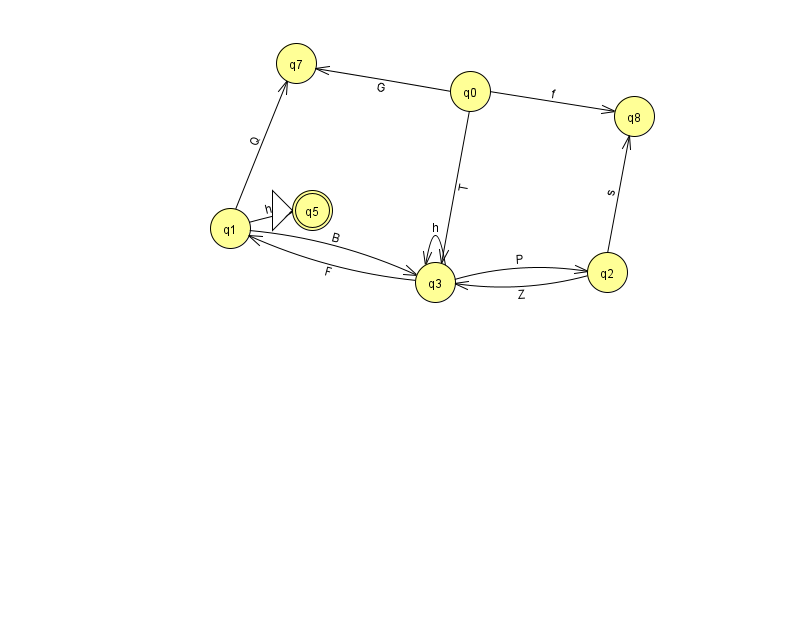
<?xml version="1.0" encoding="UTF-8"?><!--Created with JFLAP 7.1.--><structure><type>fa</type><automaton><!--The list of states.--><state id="0" name="q0"><x>470.0</x><y>78.0</y></state><state id="1" name="q1"><x>230.0</x><y>215.0</y></state><state id="2" name="q2"><x>607.0</x><y>259.0</y></state><state id="3" name="q3"><x>435.0</x><y>269.0</y></state><state id="5" name="q5"><x>312.0</x><y>197.0</y><initial/><final/></state><state id="7" name="q7"><x>296.0</x><y>50.0</y></state><state id="8" name="q8"><x>634.0</x><y>103.0</y></state><!--The list of transitions.--><transition><from>1</from><to>5</to><read>h</read></transition><transition><from>1</from><to>7</to><read>Q</read></transition><transition><from>0</from><to>3</to><read>T</read></transition><transition><from>2</from><to>3</to><read>Z</read></transition><transition><from>2</from><to>8</to><read>s</read></transition><transition><from>3</from><to>3</to><read>h</read></transition><transition><from>0</from><to>7</to><read>G</read></transition><transition><from>3</from><to>1</to><read>F</read></transition><transition><from>0</from><to>8</to><read>f</read></transition><transition><from>1</from><to>3</to><read>B</read></transition><transition><from>3</from><to>2</to><read>P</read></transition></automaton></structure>